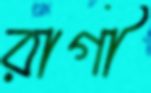
রাগী